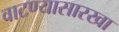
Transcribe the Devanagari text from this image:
वाटण्यासारखा